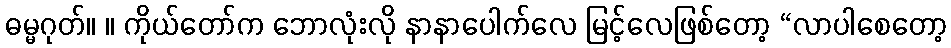
ဓမ္မဂုတ်။ ။ ကိုယ်တော်က ဘောလုံးလို နာနာပေါက်လေ မြင့်လေဖြစ်တော့ “လာပါစေတော့